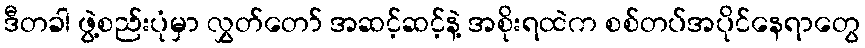
ဒီတခါ ဖွဲ့စည်းပုံမှာ လွှတ်တော် အဆင့်ဆင့်နဲ့ အစိုးရထဲက စစ်တပ်အပိုင်နေရာတွေ